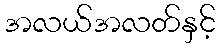
အလယ်အလတ်နှင့်